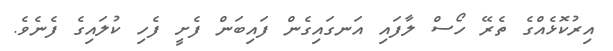
އިރުކޮޅެއްގެ ތެރޭ ހޯސް ލާފައި އަނގައިގެން ފައިބަން ފެށީ ފެހި ކުލައިގެ ފެނެވެ.